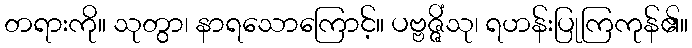
တရားကို။ သုတွာ၊ နာရသောကြောင့်။ ပဗ္ဗဇ္ဇိံသု၊ ရဟန်းပြုကြကုန်၏။